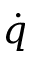
\dot { q }